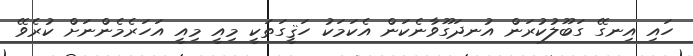
ހައި އިނގޭ ގަބޫލުކުރަން އުނދަގޫވާނެކަން އެކަމަކު ހަޤީގަތަކީ މިއީ މިއީ އަހަރެމެންނަށް ކުރެވޭ